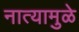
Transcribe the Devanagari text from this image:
नात्यामुळे